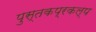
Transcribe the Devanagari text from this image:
पुस्तकप्रकल्प